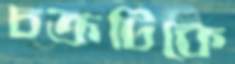
চক্রটিকে